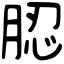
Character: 䏰